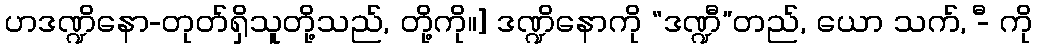
ဟဒဏ္ဍိနော-တုတ်ရှိသူတို့သည်, တို့ကို။] ဒဏ္ဍိနောကို “ဒဏ္ဍီ”တည်, ယော သက်, -ီ ကို